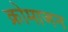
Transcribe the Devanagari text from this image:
क्रोमाजन